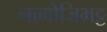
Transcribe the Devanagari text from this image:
नागोजिभट्ट